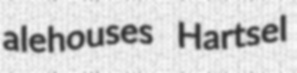
alehouses Hartsel